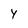
Character: Y